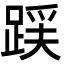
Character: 𮛪